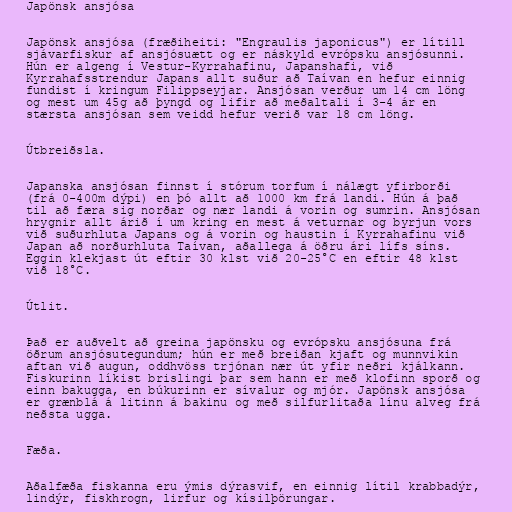
Japönsk ansjósa

Japönsk ansjósa (fræðiheiti: "Engraulis japonicus") er lítill
sjávarfiskur af ansjósuætt og er náskyld evrópsku ansjósunni.
Hún er algeng í Vestur-Kyrrahafinu, Japanshafi, við
Kyrrahafsstrendur Japans allt suður að Taívan en hefur einnig
fundist í kringum Filippseyjar. Ansjósan verður um 14 cm löng
og mest um 45g að þyngd og lifir að meðaltali í 3-4 ár en
stærsta ansjósan sem veidd hefur verið var 18 cm löng.

Útbreiðsla.

Japanska ansjósan finnst í stórum torfum í nálægt yfirborði
(frá 0-400m dýpi) en þó allt að 1000 km frá landi. Hún á það
til að færa sig norðar og nær landi á vorin og sumrin. Ansjósan
hrygnir allt árið í um kring en mest á veturnar og byrjun vors
við suðurhluta Japans og á vorin og haustin í Kyrrahafinu við
Japan að norðurhluta Taívan, aðallega á öðru ári lífs síns.
Eggin klekjast út eftir 30 klst við 20-25°C en eftir 48 klst
við 18°C.

Útlit.

Það er auðvelt að greina japönsku og evrópsku ansjósuna frá
öðrum ansjósutegundum; hún er með breiðan kjaft og munnvikin
aftan við augun, oddhvöss trjónan nær út yfir neðri kjálkann.
Fiskurinn líkist brislingi þar sem hann er með klofinn sporð og
einn bakugga, en búkurinn er sívalur og mjór. Japönsk ansjósa
er grænblá á litinn á bakinu og með silfurlitaða línu alveg frá
neðsta ugga.

Fæða.

Aðalfæða fiskanna eru ýmis dýrasvif, en einnig lítil krabbadýr,
lindýr, fiskhrogn, lirfur og kísilþörungar.